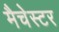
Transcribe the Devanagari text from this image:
मैचेस्टर